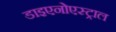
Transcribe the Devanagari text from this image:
डाइएनोएस्ट्राल